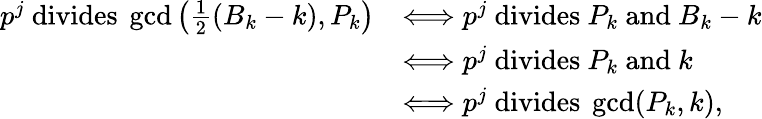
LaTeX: \begin{array}{rl}{p^{j}\mathrm{~divides~}\operatorname*{gcd}\left(\frac{1}{2}(B_{k}-k),P_{k}\right)}&{\Longleftrightarrow p^{j}\mathrm{~divides~}P_{k}\mathrm{~and~}B_{k}-k}\\ &{\Longleftrightarrow p^{j}\mathrm{~divides~}P_{k}\mathrm{~and~}k}\\ &{\Longleftrightarrow p^{j}\mathrm{~divides~}\operatorname*{gcd}(P_{k},k),}\end{array}